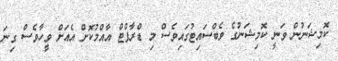
ކޮމިޝަނުން ވަނީ ކޮމިޝަނުގެ ވެބްސައިޓުގައިވެސް މި ޑްރާފްޓް އާއްމުކޮށް އެއަށް ވީހާވެސް ގިނަ